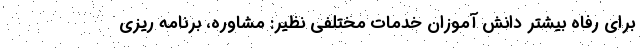
برای رفاه بیشتر دانش آموزان خدمات مختلفی نظیر: مشاوره، برنامه ریزی